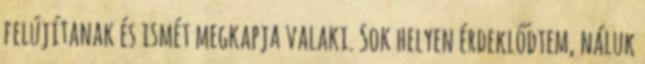
felújítanak és ismét megkapja valaki. Sok helyen érdeklődtem, náluk